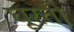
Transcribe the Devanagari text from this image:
घूरती